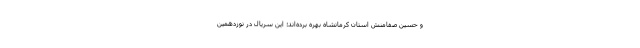
و حسین صفامنش استان کرمانشاه بهره برده‌اند؛ این سریال در نوزدهمین